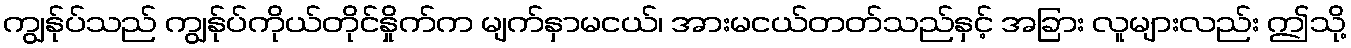
ကျွန်ုပ်သည် ကျွန်ုပ်ကိုယ်တိုင်နှိုက်က မျက်နှာမငယ်၊ အားမငယ်တတ်သည်နှင့် အခြား လူများလည်း ဤသို့